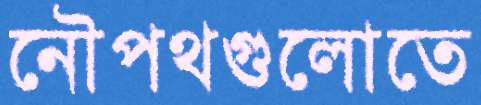
নৌপথগুলোতে